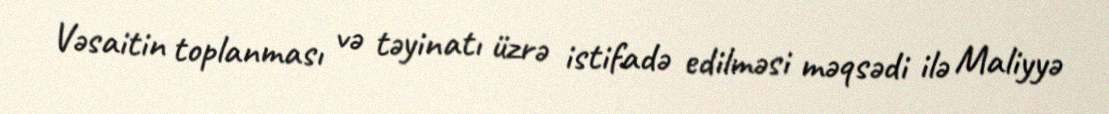
Vəsaitin toplanması və təyinatı üzrə istifadə edilməsi məqsədi ilə Maliyyə